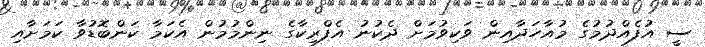
ސީ އުފެއްދުމުގެ މުއާހަދާއިން ވަކިވުމަށް ދެކުނު އެފްރިކާގެ ނިންމުމުން އެކަމާ ކަންބޮޑުވާ ކަމަށާއި